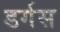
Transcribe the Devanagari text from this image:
डर्गस